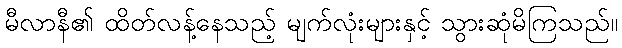
မီလာနီ၏ ထိတ်လန့်နေသည့် မျက်လုံးများနှင့် သွားဆုံမိကြသည်။